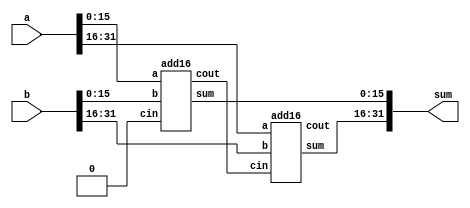
module top_module (
    input [31:0] a,
    input [31:0] b,
    output [31:0] sum
);//

    wire	cout;
    
    add16 u1_add16(
        .a      (a[15:0]	),
        .b      (b[15:0]	),
        .cin	(1'b0		),
        .sum	(sum[15:0]	),
        .cout	(cout		)
    );
    add16 u2_add16(
        .a      (a[31:16]	),
        .b      (b[31:16]	),
        .cin	(cout		),
        .sum	(sum[31:16]	),
        .cout	(        	)
    );

endmodule

module add1 ( input a, input b, input cin,   output sum, output cout );

// Full adder module here
    assign {cout, sum} = a + b + cin;
endmodule

module add16 ( input[15:0] a, input[15:0] b, input cin, output[15:0] sum, output cout );

endmodule